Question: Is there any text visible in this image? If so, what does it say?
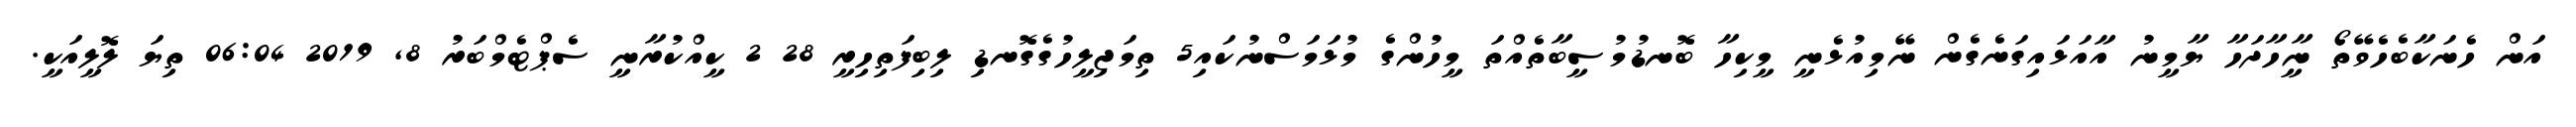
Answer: އަން ހެނަކާބެހެވޭތޯ ނީާހާދަހާ ޔާމީނު އާއަޅައިގަނެގެން ނޭމިއުޅެނީ މީކިހާ ބޮނޑުމުސީބާތެއްތަ މީހުންގެ މުޅަމަސްނުކައި5 ތިމަޖިލީހުގެގޮނޑި ލިބިފަތިހިރީ 28 2 ކީއްކުރާނީ ސެޕްޓެމްބަރު 8, 2019 06:04 ތިޔަ ލޮލީއަކީ.